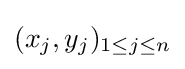
(x_{j},y_{j})_{1\leq j\leq n}